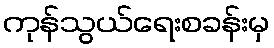
ကုန်သွယ်ရေးစခန်းမှ